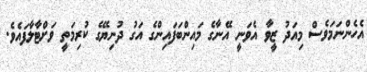
އެހެންނަމަވެސް މިއަދު ޒީވާ އެވަނީ އޭނާގެ މައިންބަފައިންގެ އަގު ދުނިޔޭގެ ކުރިމަތީ ވަށްޓާލާފައެވެ.